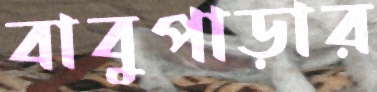
বাবুপাড়ার